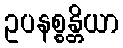
ဥပနစ္စန္တိယာ